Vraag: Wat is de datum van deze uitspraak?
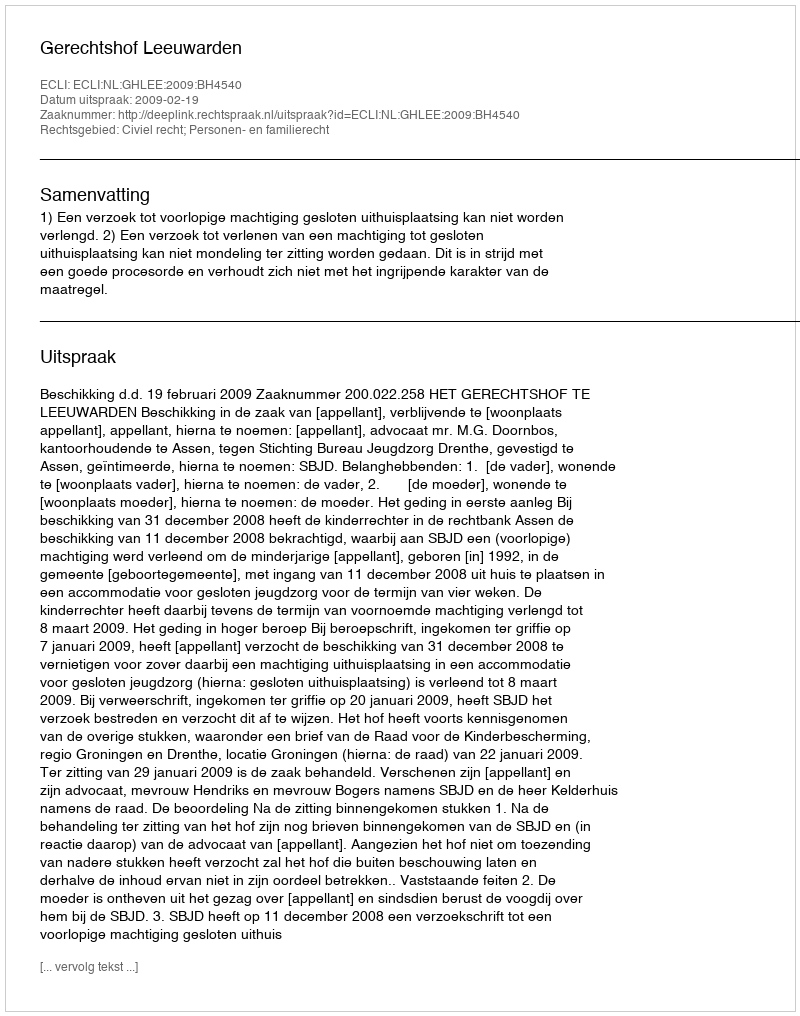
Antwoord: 2009-02-19